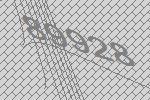
89928